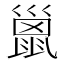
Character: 巤